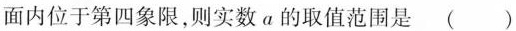
面内位于第四象限，则实数a的取值范围是 ()